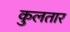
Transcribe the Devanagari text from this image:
कुलतार